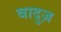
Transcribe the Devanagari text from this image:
वादुज़